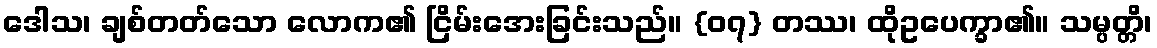
ဒေါသ၊ ချစ်တတ်သော လောက၏ ငြိမ်းအေးခြင်းသည်။ {၀၇} တဿ၊ ထိုဥပေက္ခာ၏။ သမ္ပတ္တိ၊